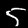
Label: 5